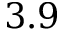
3 . 9